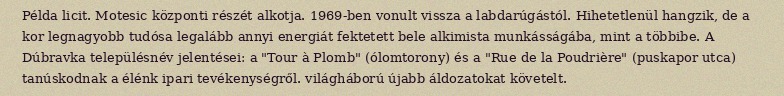
Példa licit. Motesic központi részét alkotja. 1969-ben vonult vissza a labdarúgástól. Hihetetlenül hangzik, de a kor legnagyobb tudósa legalább annyi energiát fektetett bele alkimista munkásságába, mint a többibe. A Dúbravka településnév jelentései: a "Tour à Plomb" (ólomtorony) és a "Rue de la Poudrière" (puskapor utca) tanúskodnak a élénk ipari tevékenységről. világháború újabb áldozatokat követelt.